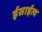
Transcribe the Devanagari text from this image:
ईसाईत्व